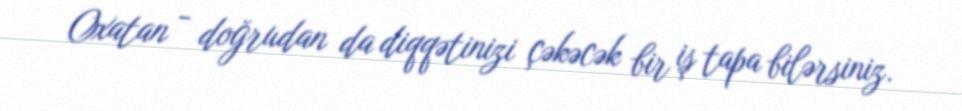
Oxatan - doğrudan da diqqətinizi çəkəcək bir iş tapa bilərsiniz.